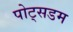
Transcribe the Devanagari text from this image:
पोट्सडम